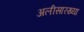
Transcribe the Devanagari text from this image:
अलीसारख्या